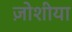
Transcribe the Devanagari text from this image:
ज़ोशीया